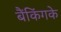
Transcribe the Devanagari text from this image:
बैंकिंगके